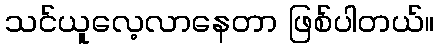
သင်ယူလေ့လာနေတာ ဖြစ်ပါတယ်။